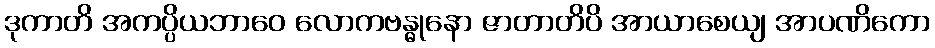
ဒုကာတိ အကပ္ပိယဘာဝေ လောကဗန္ဓုနော ဇာတာတိပိ အာယာစေယျ အာပဏိကော